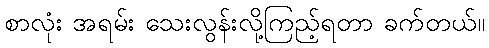
စာလုံး အရမ်း သေးလွန်းလို့ကြည့်ရတာ ခက်တယ်။